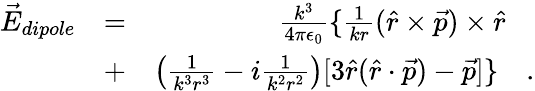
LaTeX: \begin{array}{rlr}{\vec{E}_{dipole}}&{=}&{\frac{k^{3}}{4\pi\epsilon_{0}}\{ \frac{1}{kr}(\hat{r}\times\vec{p})\times\hat{r}\quad}\\ &{+}&{\left(\frac{1}{k^{3}r^{3}}-i\frac{1}{k^{2}r^{2}}\right)[3\hat{r}(\hat{r}\cdot\vec{p})-\vec{p}]\} \quad.}\end{array}